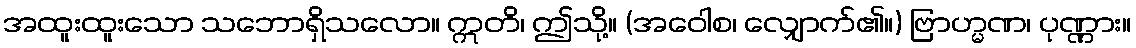
အထူးထူးသော သဘောရှိသလော။ ဣတိ၊ ဤသို့။ (အဝေါစ၊ လျှောက်၏။) ဗြာဟ္မဏ၊ ပုဏ္ဏား။